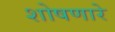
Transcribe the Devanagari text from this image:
शोषणारे